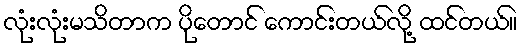
လုံးလုံးမသိတာက ပိုတောင် ကောင်းတယ်လို့ ထင်တယ်။